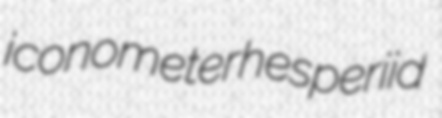
iconometer hesperiid